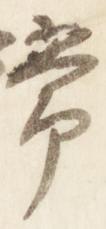
常